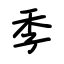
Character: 季